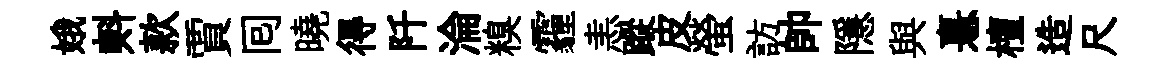
娥㪺款賈囘曉得阡淪糗霾恚蹤皮螢訪帥隱與憙檀造尺